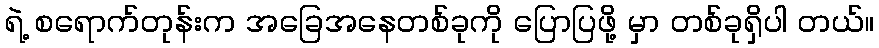
ရဲ့ စရောက်တုန်းက အခြေအနေတစ်ခုကို ပြောပြဖို့ မှာ တစ်ခုရှိပါ တယ်။